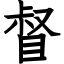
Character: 督